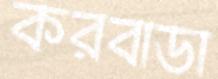
করবাডা